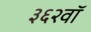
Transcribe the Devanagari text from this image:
३६२वॉ